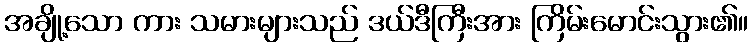
အချို့သော ကား သမားများသည် ဒယ်ဒီကြီးအား ကြိမ်းမောင်းသွား၏။